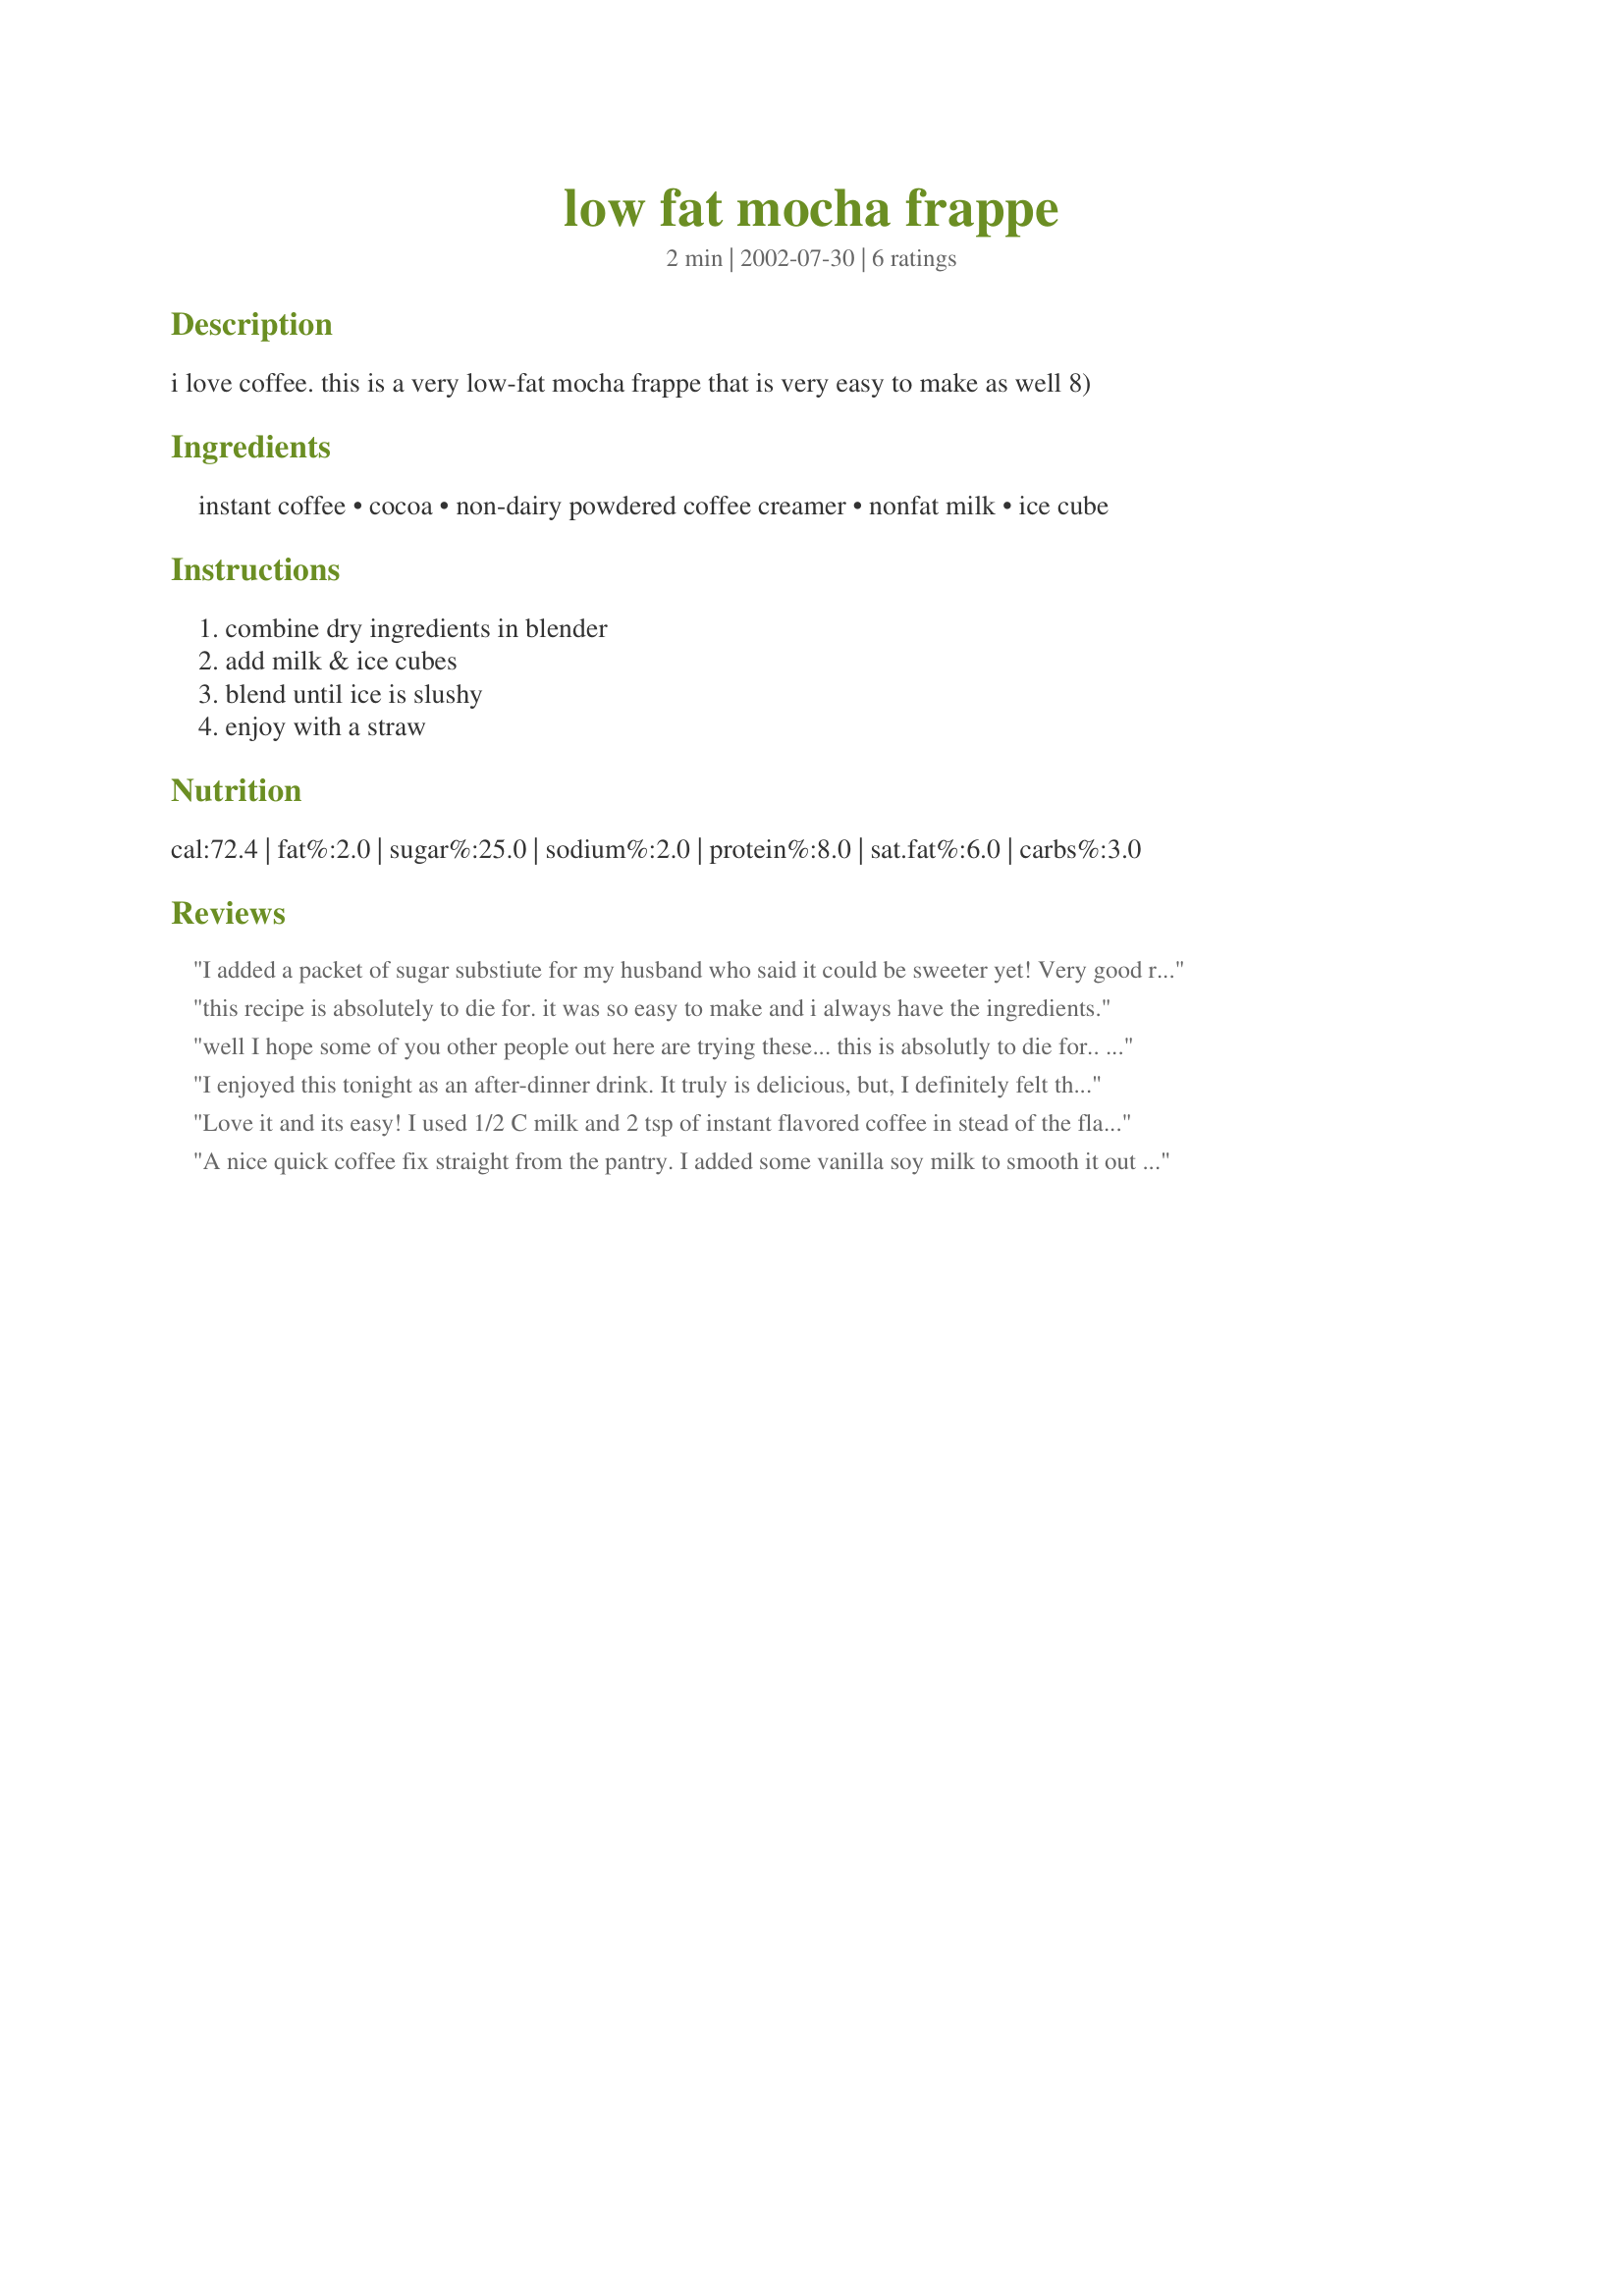
low fat mocha frappe
Preparation time: 2 minutes

i love coffee. this is a very low-fat mocha frappe that is very easy to make as well 8)

Ingredients:
instant coffee, cocoa, non-dairy powdered coffee creamer, nonfat milk, ice cube

Steps:
combine dry ingredients in blender, add milk & ice cubes, blend until ice is slushy, enjoy with a straw

Reviews:
I added a packet of sugar substiute for my husband who said it could be sweeter yet! Very good recipe and so much cheaper than buying it out.
this recipe is absolutely to die for. it was so easy to make and i always have the ingredients.
well I hope some of you other people out here are trying these... this is absolutly to die for.. thanks for the effort to add to this list
I enjoyed this tonight as an after-dinner drink.
It truly is delicious, but, I definitely felt that 1/3 cup of milk was too little for it. I added 1/3 cup + A little more than 1/4 cup more of milk for 1 serving. Also, this recipe definitely lacked sugar. I used 1 tsp. of sugar for 1 serving. I substituted the non-diary powdered coffee creamer which I did not have at home, with Hills Bros. Cappuccino Double Mocha powder that I bought readymade. The drink came out so good, I would surely say it is "To die for"! Thanks for sharing the recipe and I'm sorry I tweaked it a little, but I really love what I drank tonight :-)
Love it and its easy! I used 1/2 C milk and 2 tsp of instant flavored coffee in stead of the flavored creamer. I also added one packet of sweetener. Was light, fluffy and delicious!
A nice quick coffee fix straight from the pantry. I added some vanilla soy milk to smooth it out and some stevia for sweetness. Thanks for sharing the recipe!
